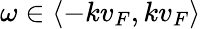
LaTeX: \omega\in\langle-kv_{F},kv_{F}\rangle